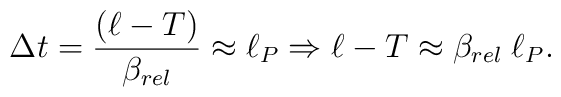
\Delta t = {(\ell-T)\over\beta_{rel}}\approx\ell_P \\ \Rightarrow \\\ell - T \approx \beta_{rel}\; \ell_P.